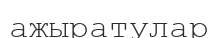
ажыратулар